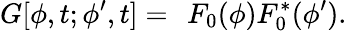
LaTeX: G[\phi,t;\phi^{\prime},t]=\, \ F_{0}(\phi)F_{0}^{\ast}(\phi^{\prime}).